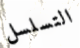
التسلسل